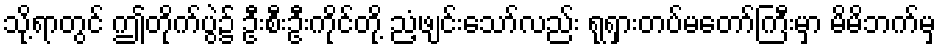
သို့ရာတွင် ဤတိုက်ပွဲ၌ ဦးစီးဦးကိုင်တို့ ညံ့ဖျင်းသော်လည်း ရုရှားတပ်မတော်ကြီးမှာ မိမိဘက်မှ